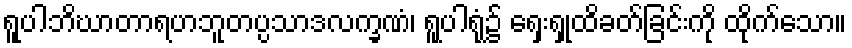
ရူပါဘိဃာတာရဟဘူတပ္ပသာဒလက္ခဏံ၊ ရူပါရုံ၌ ရှေးရှုထိခတ်ခြင်းကို ထိုက်သော။